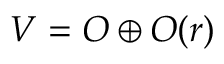
V = { \cal { O } } \oplus { \cal { O } } ( r )